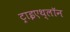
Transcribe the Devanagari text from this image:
ट्राइएथ्लॉन